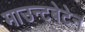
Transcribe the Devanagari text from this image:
माउन्टबेटेन